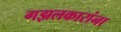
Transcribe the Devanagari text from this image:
गझलकारांना